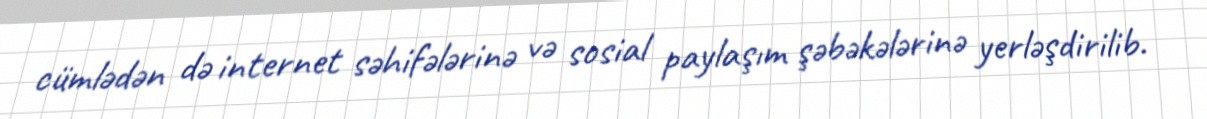
cümlədən də internet səhifələrinə və sosial paylaşım şəbəkələrinə yerləşdirilib.